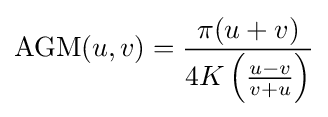
\operatorname {AGM} (u,v)={\frac {\pi (u+v)}{4K\left({\frac {u-v}{v+u}}\right)}}